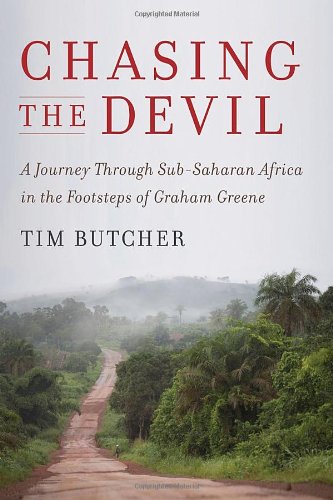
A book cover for Chasing the Devil: A Journey Through Sub-Saharan Africa in the Footsteps of Graham Greene; Tim Butcher; Travel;